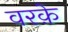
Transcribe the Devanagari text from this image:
वरक़े